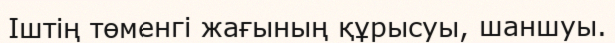
Іштің төменгі жағының құрысуы, шаншуы.